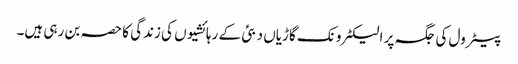
پیٹرول کی جگہ پر الیکٹرونک گاڑیاں دبئی کے رہائشیوں کی زندگی کا حصہ بن رہی ہیں۔